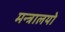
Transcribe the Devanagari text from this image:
मन्त्रालयो